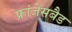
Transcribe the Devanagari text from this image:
फ्रांजेंसबैड